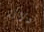
دلالة